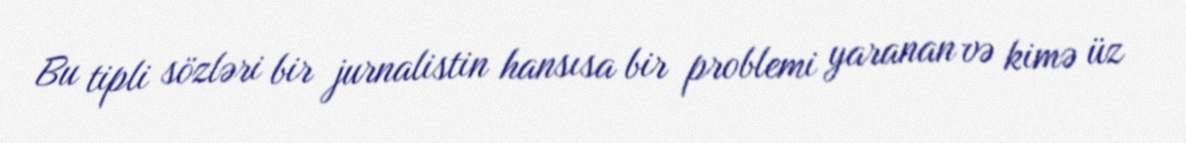
Bu tipli sözləri bir jurnalistin hansısa bir problemi yaranan və kimə üz